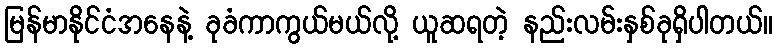
မြန်မာနိုင်ငံအနေနဲ့ ခုခံကာကွယ်မယ်လို့ ယူဆရတဲ့ နည်းလမ်းနှစ်ခုရှိပါတယ်။